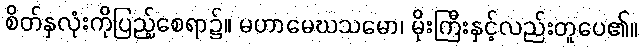
စိတ်နှလုံးကိုပြည့်စေရာ၌။ မဟာမေဃသမော၊ မိုးကြီးနှင့်လည်းတူပေ၏။